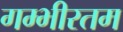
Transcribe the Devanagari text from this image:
गम्भीरतम